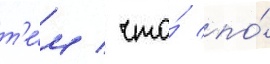
т'е́м / что́ по́